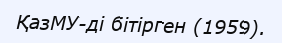
ҚазМУ-ді бітірген (1959).